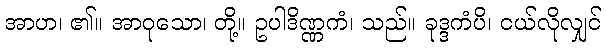
အာဟ၊ ၏။ အာဝုသော၊ တို့။ ဥပါဒိဏ္ဏကံ၊ သည်။ ခုဒ္ဒကံပိ၊ ငယ်လိုလျှင်